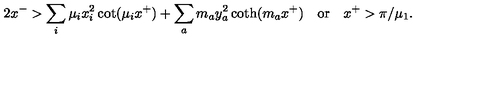
2 x ^ { - } > \sum _ { i } \mu _ { i } x _ { i } ^ { 2 } \cot ( \mu _ { i } x ^ { + } ) + \sum _ { a } m _ { a } y _ { a } ^ { 2 } \coth ( m _ { a } x ^ { + } ) \quad \mathrm { o r } \quad x ^ { + } > \pi / \mu _ { 1 } .